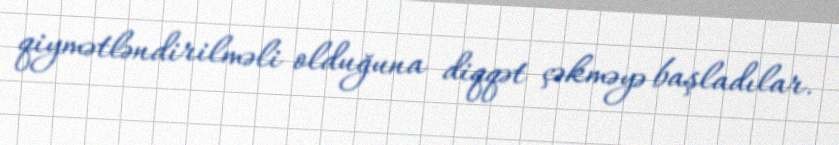
qiymətləndirilməli olduğuna diqqət çəkməyə başladılar.